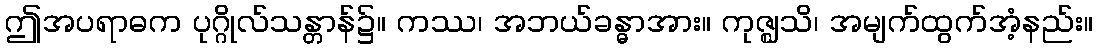
ဤအပရာဓက ပုဂ္ဂိုလ်သန္တာန်၌။ ကဿ၊ အဘယ်ခန္ဓာအား။ ကုဇ္ဈသိ၊ အမျက်ထွက်အံ့နည်း။